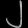
Digit: ၂